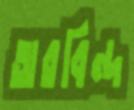
অরবিন্দ